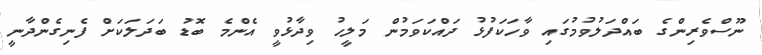
ނޫސްވެރިންގެ ބައްދަލުވުމުގައި ވާހަކަފުޅު ދައްކަވަމުން މަލީހު ވިދާޅުވީ އެންމެ ބޮޑު ބަދަލަކަށް ފެނިގެންދާނީ